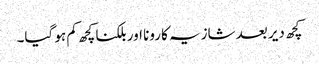
کچھ دیر بعد شازیہ کا رونا اور بلکنا کچھ کم ہو گیا۔